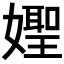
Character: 𡢨